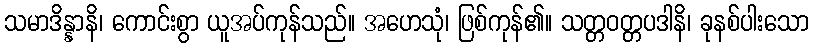
သမာဒိန္နာနိ၊ ကောင်းစွာ ယူအပ်ကုန်သည်။ အဟေသုံ၊ ဖြစ်ကုန်၏။ သတ္တဝတ္တပဒါနိ၊ ခုနစ်ပါးသော